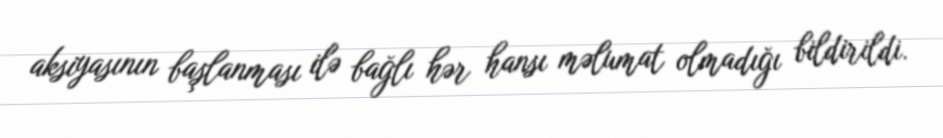
aksiyasının başlanması ilə bağlı hər hansı məlumat olmadığı bildirildi.